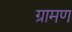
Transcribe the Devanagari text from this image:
ग्रामण